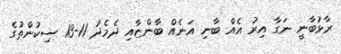
ރާޅުބާނީ ނަގާ އިރު އެއް ބާނި އަނެއް ބާންޏާއި ދެމެދު 11-13 ސިކުންތުގެ